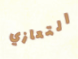
التعازي